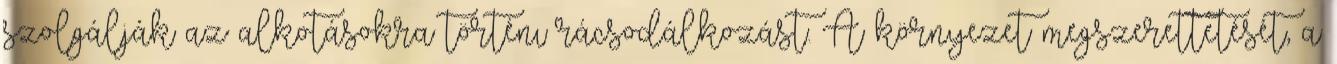
szolgálják az alkotásokra történı rácsodálkozást. A környezet megszerettetését, a